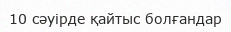
10 сәуірде қайтыс болғандар